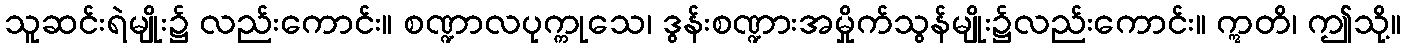
သူဆင်းရဲမျိုး၌ လည်းကောင်း။ စဏ္ဍာလပုက္ကုသေ၊ ဒွန်းစဏ္ဍားအမှိုက်သွန်မျိုး၌လည်းကောင်း။ ဣတိ၊ ဤသို့။